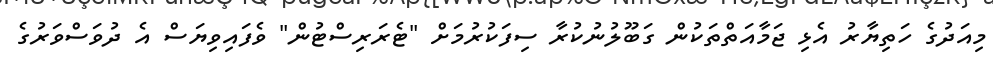
މިއަދުގެ ހަތިޔާރު އެޅި ޖަމާއަތްތަކުން ގަބޫލުނުކުރާ ސިފަކުރުމަށް "ޓެރަރިސްޓުން" ވެފައިވިޔަސް އެ ދުވަސްވަރުގެ